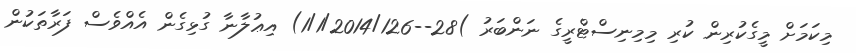
މިކަމަށް މީގެކުރިން ކުރި މިމިނިސްޓްރީގެ ނަންބަރު )28--1/1/2014/126) އިޢުލާނާ ގުޅިގެން އެއްވެސް ފަރާތަކުން